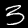
Label: 3